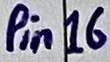
Text: Pin16